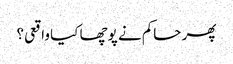
پھر حاکم نے پوچھا کیا واقعی؟